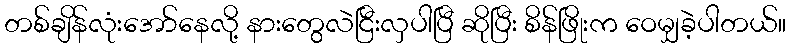
တစ်ချိန်လုံးအော်နေလို့ နားတွေလဲငြီးလှပါပြီ ဆိုပြီး စိန်ဖြိုးက ဝေမျှခဲ့ပါတယ်။